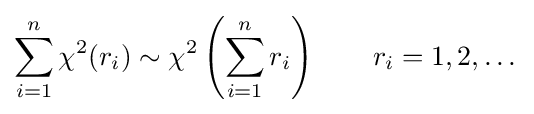
\sum _{i=1}^{n}\chi ^{2}(r_{i})\sim \chi ^{2}\left(\sum _{i=1}^{n}r_{i}\right)\qquad r_{i}=1,2,\dots